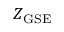
Z _ { \mathrm { G S E } }